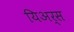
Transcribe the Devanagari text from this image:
यिअर्स